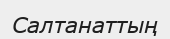
Салтанаттың